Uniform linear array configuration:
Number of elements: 4
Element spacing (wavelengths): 0.25
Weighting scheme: uniform
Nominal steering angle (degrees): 0
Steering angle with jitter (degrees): -0.8514
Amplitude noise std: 0.05
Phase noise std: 0.05

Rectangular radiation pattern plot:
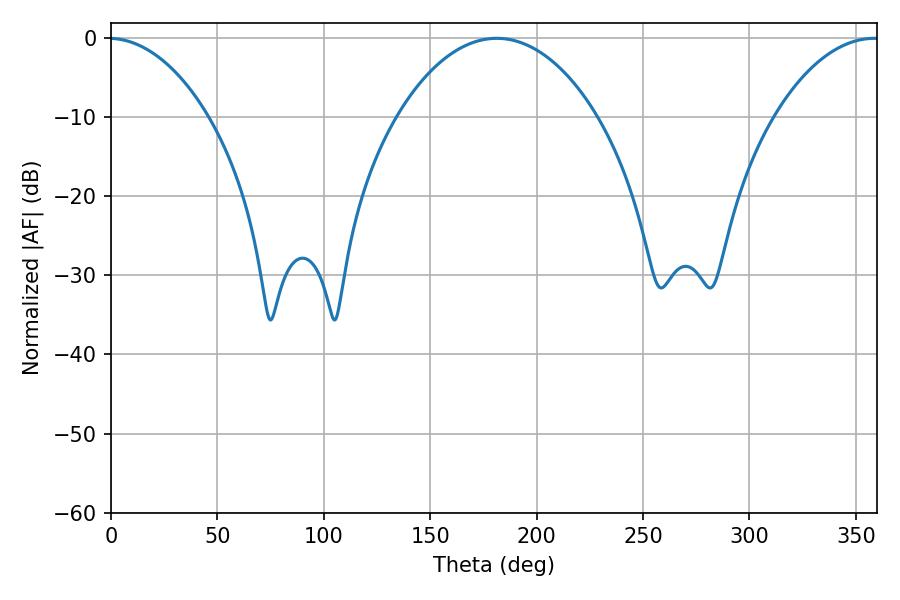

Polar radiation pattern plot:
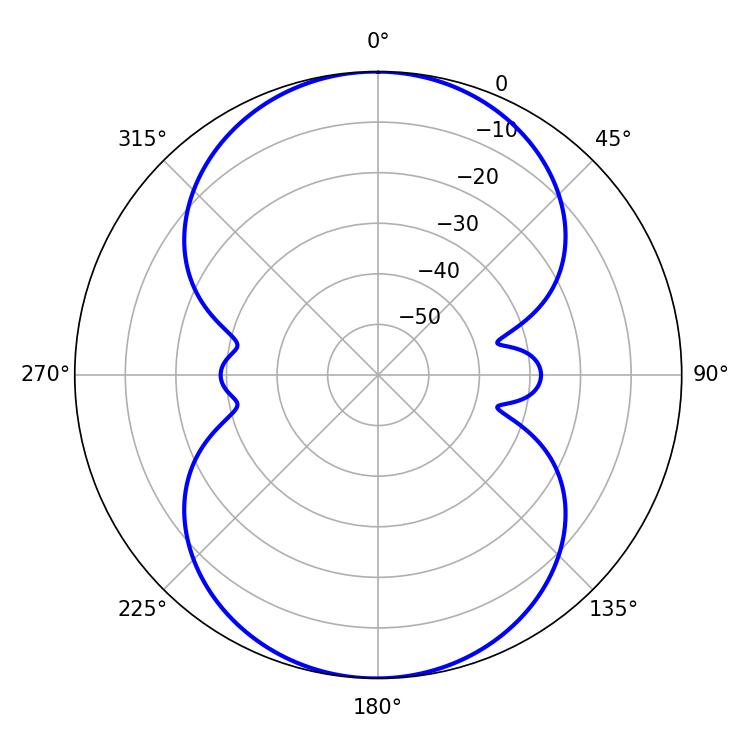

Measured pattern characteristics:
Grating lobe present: FALSE
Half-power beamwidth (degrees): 52.92
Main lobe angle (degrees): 181.26